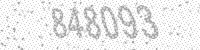
Solution: 848093